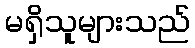
မရှိသူများသည်